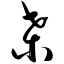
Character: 桑